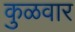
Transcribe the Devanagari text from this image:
कुळवार